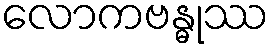
လောကဗန္ဓုဿ